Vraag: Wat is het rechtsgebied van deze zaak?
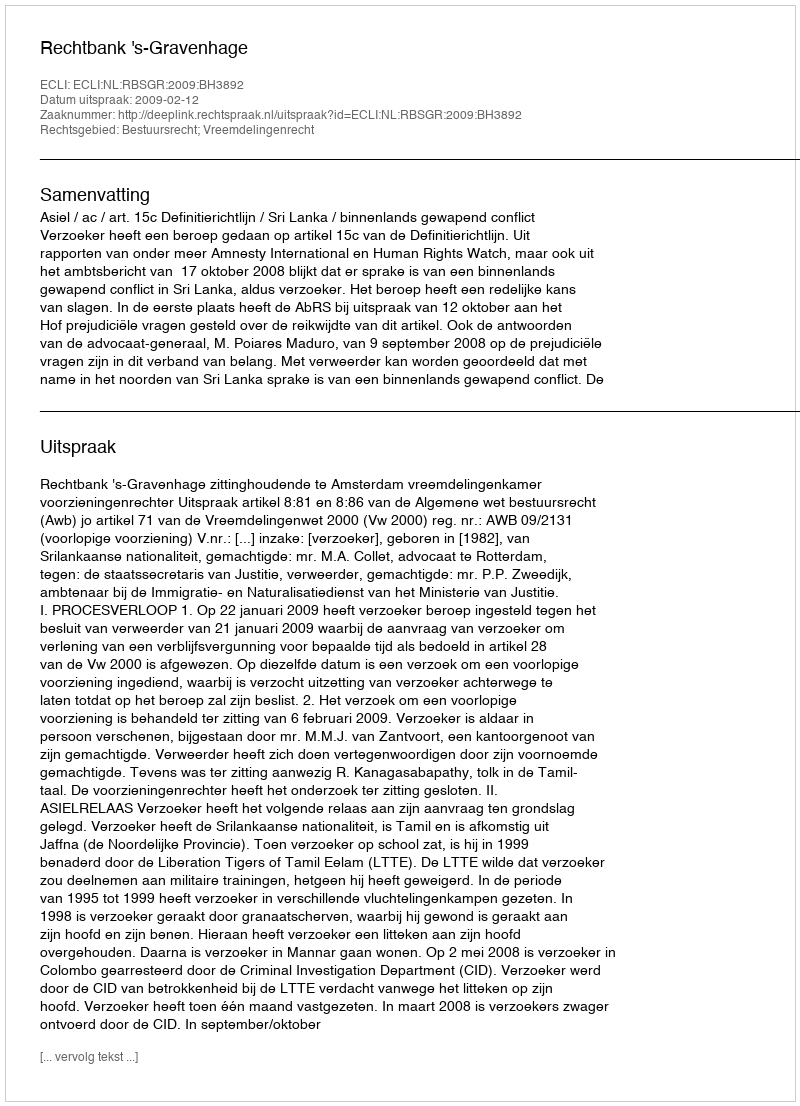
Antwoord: Bestuursrecht; Vreemdelingenrecht